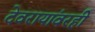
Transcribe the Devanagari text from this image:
देवरायांवरही